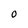
Character: 0